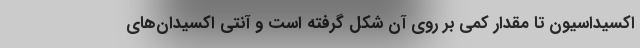
اکسیداسیون تا مقدار کمی بر روی آن شکل گرفته است و آنتی اکسیدان‌های